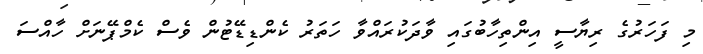
މި ފަހަރުގެ ރިޔާސީ އިންތިހާބުގައި ވާދަކުރައްވާ ހަތަރު ކެންޑިޑޭޓުން ވެސް ކެމްޕޭނަށް ހާއްސަ